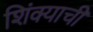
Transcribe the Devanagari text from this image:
शिंक्याची